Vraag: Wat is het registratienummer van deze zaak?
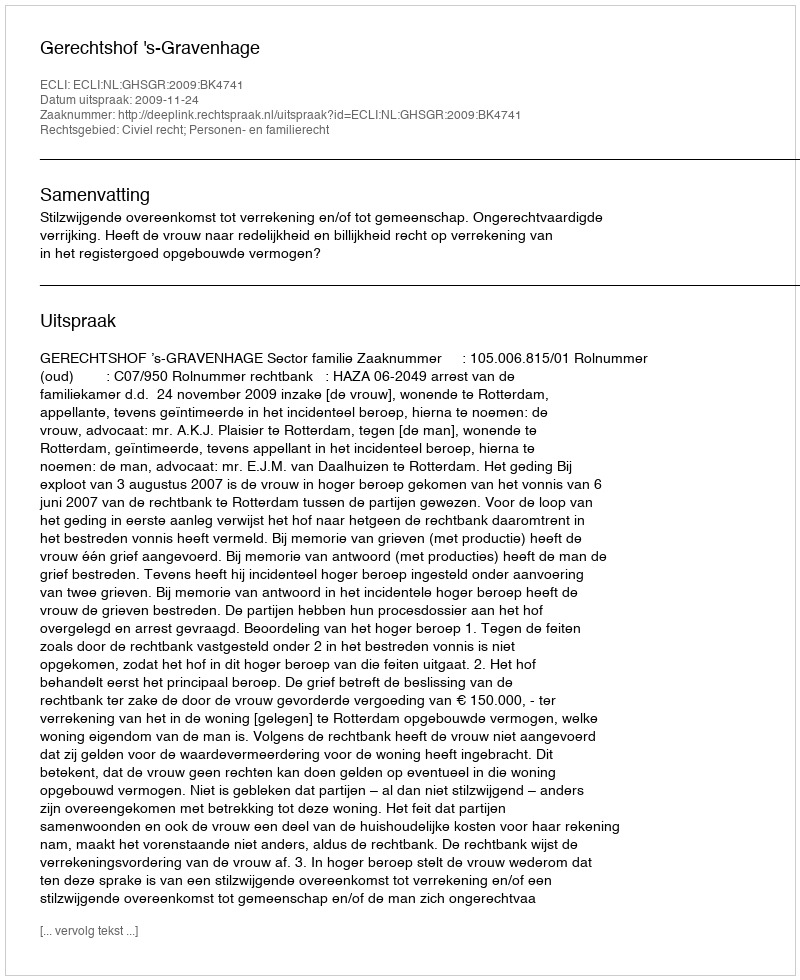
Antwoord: http://deeplink.rechtspraak.nl/uitspraak?id=ECLI:NL:GHSGR:2009:BK4741